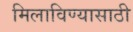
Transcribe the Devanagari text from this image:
मिलाविण्यासाठी